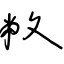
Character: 敝